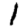
Digit: 1